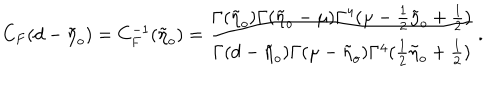
C _ { F } ( d - \tilde { \eta } _ { o } ) = C _ { F } ^ { - 1 } ( \tilde { \eta } _ { o } ) = \frac { \Gamma ( \tilde { \eta } _ { o } ) \Gamma ( \tilde { \eta } _ { o } - \mu ) \Gamma ^ { 4 } ( \mu - \frac { 1 } { 2 } \tilde { \eta } _ { o } + \frac { 1 } { 2 } ) } { \Gamma ( d - \tilde { \eta } _ { o } ) \Gamma ( \mu - \tilde { \eta } _ { o } ) \Gamma ^ { 4 } ( \frac { 1 } { 2 } \tilde { \eta } _ { o } + \frac { 1 } { 2 } ) } \, .